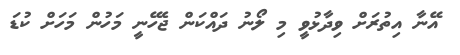
އޭނާ އިތުރަށް ވިދާޅުވީ މި ލޯނު ދައްކަން ޖެހޭނީ މަހުން މަހަށް ކުޑަ